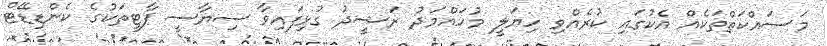
މަސައްކަތްތަކެއް އެކުގައި ކުރެއްވި ހިޔަލީ މުހައްމަދު ރަޝީދު ގުޅިފައިވާ ސިޔާސީ ޕާޓީތަކުގެ ކެންޑިޑޭޓް